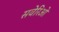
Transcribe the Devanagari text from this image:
सवेरिओ